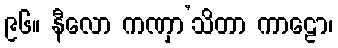
၉၆။ နီလော ကဏှာ’သိတာ ကာဠော၊